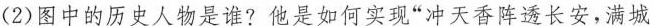
(2)图中的历史人物是谁?他是如何实现”冲天香阵透长安，满城